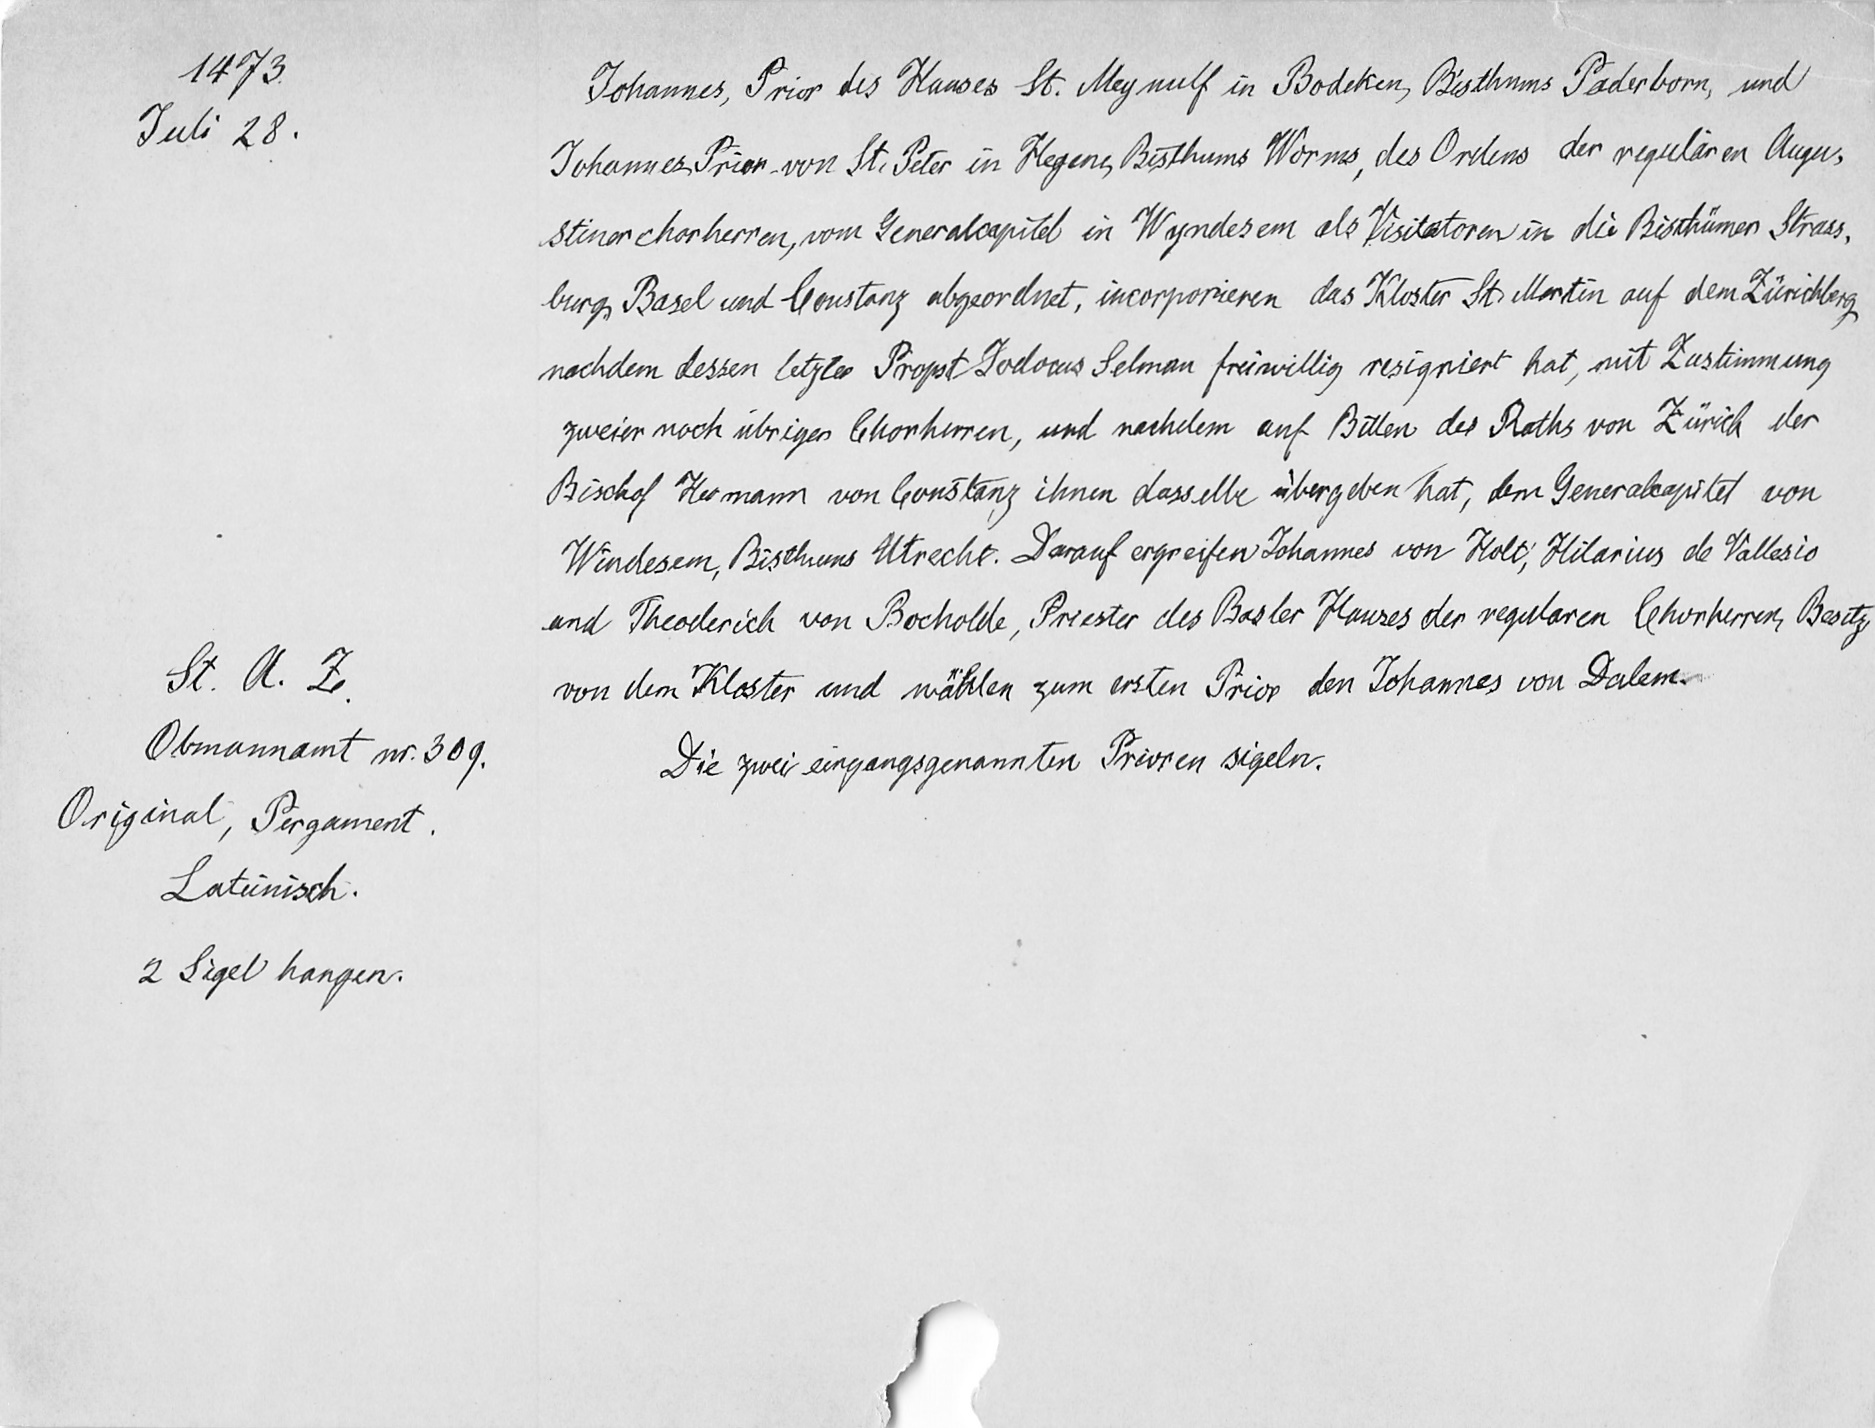
1473.
Juli 28.
St. A. Z.
Obmannamt nr. 309.
Original, Pergament.
Lateinisch.
2 Sigel hangen.

Johannes, Prior des Hauses St. Meynulf in Bodeken, Bisthums Paderborn, und
Johannes, Prior von St. Peter in Hegenen, Bisthums Worms, des Ordens der regulären Augu¬
stinerchorherren, vom Generalkapitel in Wyndesem als Visitatoren in die Bisthümer Strass¬
burg, Basel und Constanz abgeordnet, incoporieren das Kloster St. Martin auf dem Zürichberg
nachdem dessen letzter Propst Jodocus Selman freiwillig resigniert hat, mit Zustimmung
zweier noch übrigen Chorherren, und nachdem auf Bitten des Raths von Zürich der
Bischof Hermann von Constanz ihnen dasselbe übergeben hat, dem Generalcapitel von
Windesem, Bisthums Utrecht. Darauf ergreifen Johannes von Holt, Hilarius de Vallesio
und Theoderich von Bocholde, Priester des Basler Hauses der regularen Chorherren, Besitz
von dem Kloster und wählen zum ersten Prior den Johannes von Dalem.
Die zwei eingangsgenannten Prioren sigeln.